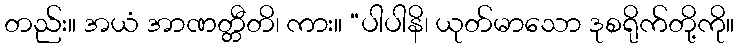
တည်း။ အယံ အာဏတ္တီတိ၊ ကား။ “ပါပါနိ၊ ယုတ်မာသော ဒုစရိုက်တို့ကို။